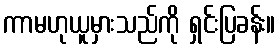
ကာမဟုယူမှားသည်ကို ရှင်းပြခန်း။